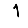
Digit: 1